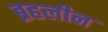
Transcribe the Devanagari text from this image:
ब्रहलीन